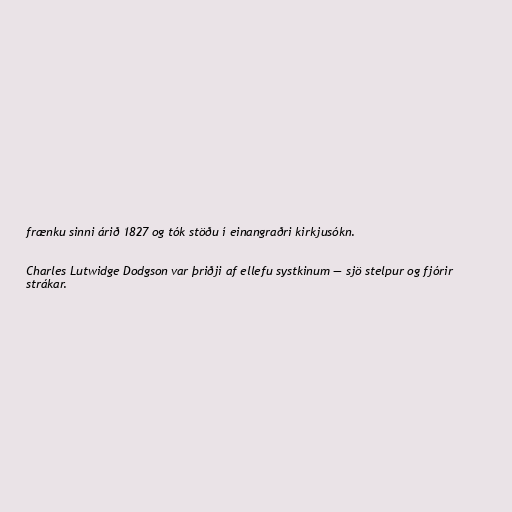
frænku sinni árið 1827 og tók stöðu í einangraðri kirkjusókn.

Charles Lutwidge Dodgson var þriðji af ellefu systkinum — sjö stelpur og fjórir
strákar.